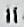
IT